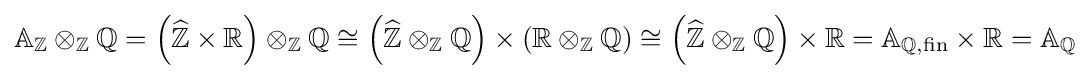
\mathbb {A} _{\mathbb {Z} }\otimes _{\mathbb {Z} }\mathbb {Q} =\left({\widehat {\mathbb {Z} }}\times \mathbb {R} \right)\otimes _{\mathbb {Z} }\mathbb {Q} \cong \left({\widehat {\mathbb {Z} }}\otimes _{\mathbb {Z} }\mathbb {Q} \right)\times (\mathbb {R} \otimes _{\mathbb {Z} }\mathbb {Q} )\cong \left({\widehat {\mathbb {Z} }}\otimes _{\mathbb {Z} }\mathbb {Q} \right)\times \mathbb {R} =\mathbb {A} _{\mathbb {Q} ,{\text{fin}}}\times \mathbb {R} =\mathbb {A} _{\mathbb {Q} }